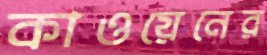
কাওয়েনের